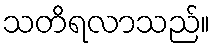
သတိရလာသည်။